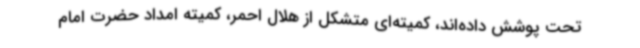
تحت پوشش داده‌اند، کمیته‌ای متشکل از هلال احمر، کمیته امداد حضرت امام